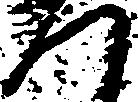
つ